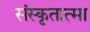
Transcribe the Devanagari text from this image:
संस्कृतात्मा